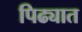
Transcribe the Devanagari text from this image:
पिढ्यात